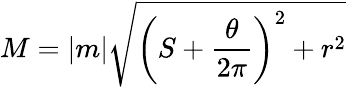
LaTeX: M=|m|\sqrt{\left(S+\frac{\theta}{2\pi}\right)^{2}+r^{2}}